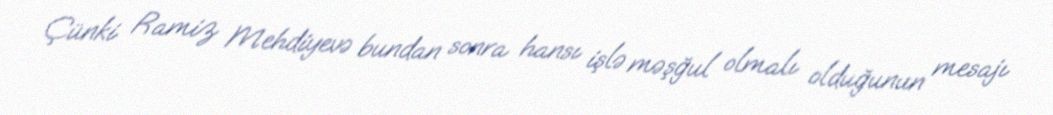
Çünki Ramiz Mehdiyevə bundan sonra hansı işlə məşğul olmalı olduğunun mesajı